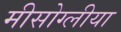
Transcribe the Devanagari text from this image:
मीसोग्लीया